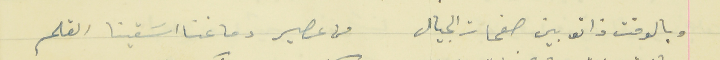
وبالوقت ذاتو بين صفحات الجيال                                  من عصير دماغنا اسَقينا القلم